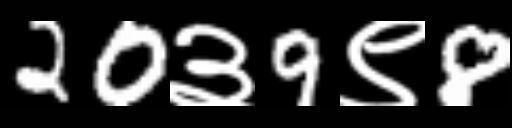
Text: 20३9९8